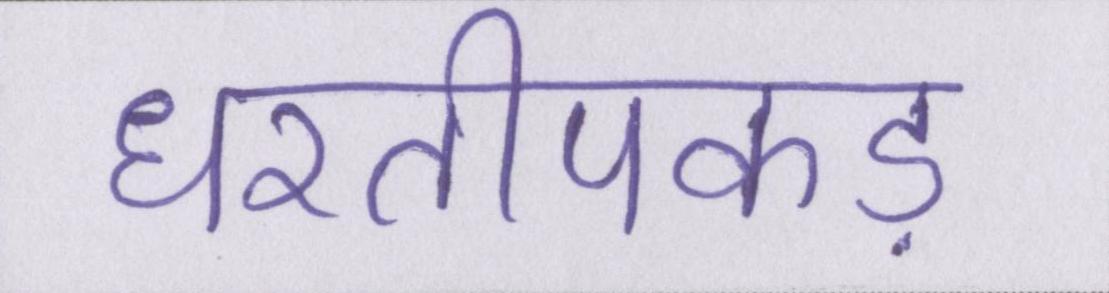
धरतीपकड़